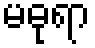
မဓုရာ